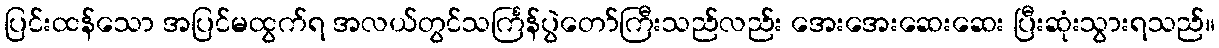
ပြင်းထန်သော အပြင်မထွက်ရ အလယ်တွင်သင်္ကြန်ပွဲတော်ကြီးသည်လည်း အေးအေးဆေးဆေး ပြီးဆုံးသွားရသည်။